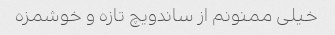
خیلی ممنونم از ساندویچ تازه و خوشمزه